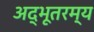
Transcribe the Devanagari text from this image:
अद्भूतरम्य